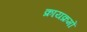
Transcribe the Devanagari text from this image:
क्रायक्रमों